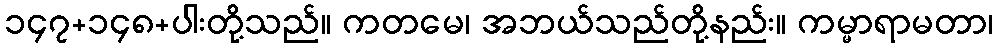
၁၄၇+၁၄၈+ပါးတို့သည်။ ကတမေ၊ အဘယ်သည်တို့နည်း။ ကမ္မာရာမတာ၊